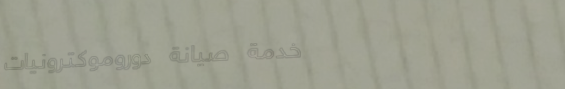
خدمة صيانة دوروموكترونيات